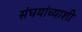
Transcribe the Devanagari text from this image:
संघयांच्याशी